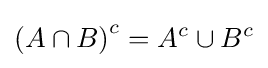
\left(A\cap B\right)^{c}=A^{c}\cup B^{c}